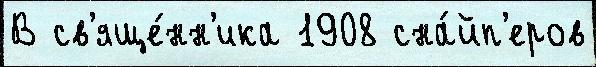
В св'яще́нн'ика 1908 сна́йп'еров